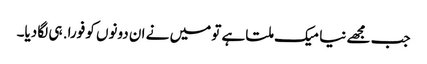
جب مجھے نیا میک ملتا ہے تو میں نے ان دونوں کو فورا. ہی لگا دیا۔